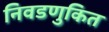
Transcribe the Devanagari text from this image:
निवडणुकित